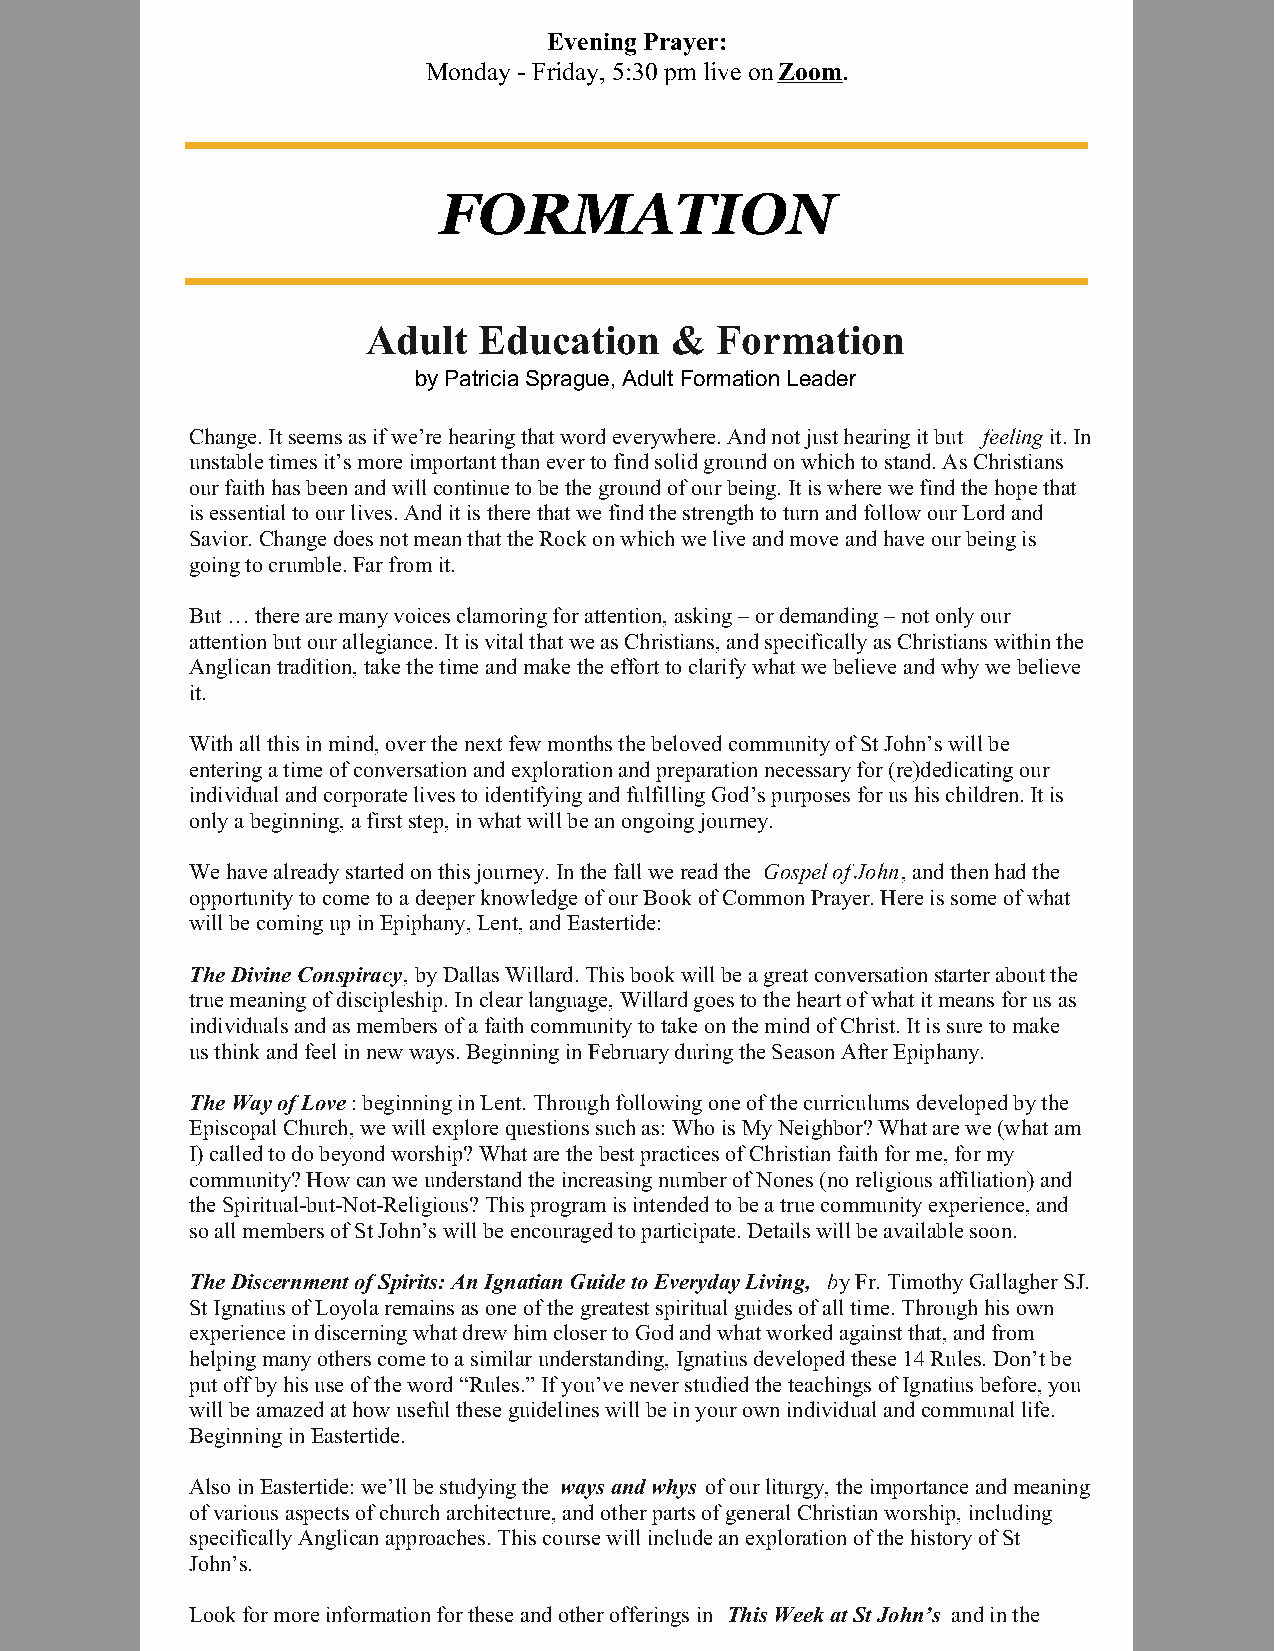
Evening Prayer:
 Monday - Friday, 5:30 pm live on Zoom.
 FORMATION
 Adult   Education   &  Formation
 by Patricia Sprague, Adult Formation Leader
 Change. It seems as if we’re hearing that word everywhere. And not just hearing it but feeling it. In
 unstable times it’s more important than ever to find solid ground on which to stand. As Christians
 our faith has been and will continue to be the ground of our being. It is where we find the hope that
 is essential to our lives. And it is there that we find the strength to turn and follow our Lord and
 Savior. Change does not mean that the Rock on which we live and move and have our being is
 going to crumble. Far from it.
 But … there are many voices clamoring for attention, asking – or demanding – not only our
 attention but our allegiance. It is vital that we as Christians, and specifically as Christians within the
 Anglican tradition, take the time and make the effort to clarify what we believe and why we believe
 it.
 With all this in mind, over the next few months the beloved community of St John’s will be
 entering a time of conversation and exploration and preparation necessary for (re)dedicating our
 individual and corporate lives to identifying and fulfilling God’s purposes for us his children. It is
 only a beginning, a first step, in what will be an ongoing journey.
 We have already started on this journey. In the fall we read the Gospel of John, and then had the
 opportunity to come to a deeper knowledge of our Book of Common Prayer. Here is some of what
 will be coming up in Epiphany, Lent, and Eastertide:
 The Divine Conspiracy, by Dallas Willard. This book will be a great conversation starter about the
 true meaning of discipleship. In clear language, Willard goes to the heart of what it means for us as
 individuals and as members of a faith community to take on the mind of Christ. It is sure to make
 us think and feel in new ways. Beginning in February during the Season After Epiphany.
 The Way of Love: beginning in Lent. Through following one of the curriculums developed by the
 Episcopal Church, we will explore questions such as: Who is My Neighbor? What are we (what am
 I) called to do beyond worship? What are the best practices of Christian faith for me, for my
 community? How can we understand the increasing number of Nones (no religious affiliation) and
 the Spiritual-but-Not-Religious? This program is intended to be a true community experience, and
 so all members of St John’s will be encouraged to participate. Details will be available soon.
 The Discernment of Spirits: An Ignatian Guide to Everyday Living, by Fr. Timothy Gallagher SJ.
 St Ignatius of Loyola remains as one of the greatest spiritual guides of all time. Through his own
 experience in discerning what drew him closer to God and what worked against that, and from
 helping many others come to a similar understanding, Ignatius developed these 14 Rules. Don’t be
 put off by his use of the word “Rules.” If you’ve never studied the teachings of Ignatius before, you
 will be amazed at how useful these guidelines will be in your own individual and communal life.
 Beginning in Eastertide.
 Also in Eastertide: we’ll be studying the ways and whys of our liturgy, the importance and meaning
 of various aspects of church architecture, and other parts of general Christian worship, including
 specifically Anglican approaches. This course will include an exploration of the history of St
 John’s.
 Look for more information for these and other offerings in This Week at St John’s and in the